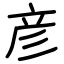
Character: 彦